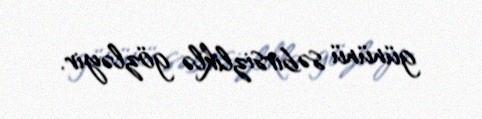
gününü səbirsizliklə gözləyir.